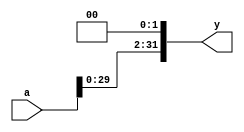
module sll4(a, y);
input [31:0] a;
output [31:0] y;
assign y = a << 2;
endmodule